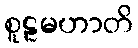
စူဠမဟာတိ